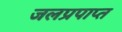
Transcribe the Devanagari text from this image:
जलप्रपाप्त